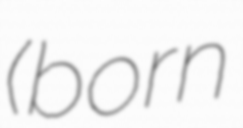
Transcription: (born